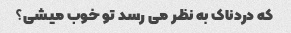
که دردناک به نظر می رسد تو خوب میشی؟